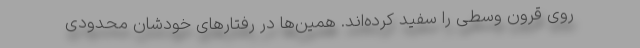
روی قرون وسطی را سفید کرده‌اند. همین‌ها در رفتارهای خودشان محدودی